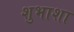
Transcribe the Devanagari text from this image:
शुभाशा